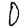
Digit: 0